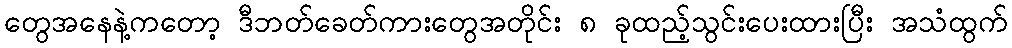
တွေအနေနဲ့ကတော့ ဒီဘတ်ခေတ်ကားတွေအတိုင်း ၈ ခုထည့်သွင်းပေးထားပြီး အသံထွက်